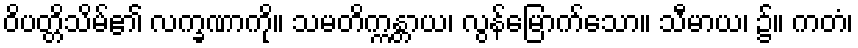
ဝိပတ္တိသိမ်၏ လက္ခဏာကို။ သမတိက္ကန္တာယ၊ လွန်မြောက်သော။ သီမာယ၊ ၌။ ကတံ၊